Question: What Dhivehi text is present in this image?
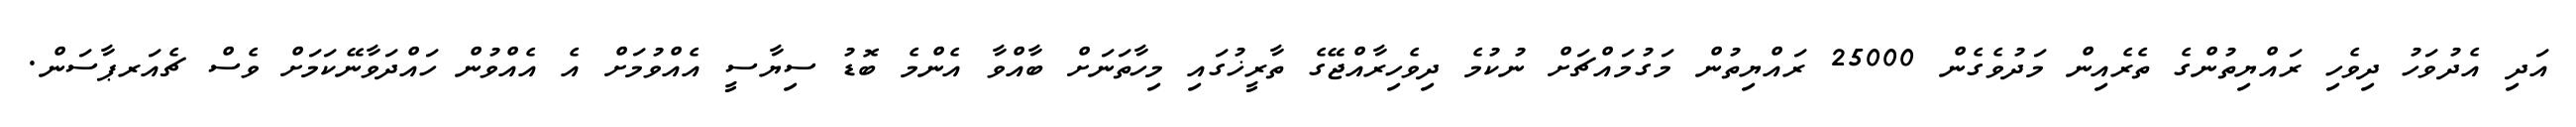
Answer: އަދި އެދުވަހު ދިވެހި ރައްޔިތުންގެ ތެރެއިން މަދުވެގެން 25000 ރައްޔިތުން މަގުމައްޗަށް ނުކުމެ ދިވެހިރާއްޖޭގެ ތާރީޚުގައި މިހާތަނަށް ބާއްވާ އެންމެ ބޮޑު ސިޔާސީ އެއްވުމަށް އެ އެއްވުން ހައްދަވާނޭކަމަށް ވެސް ޗެއަރޕާސަން.